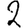
Digit: 2